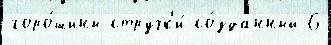
горо́шины стручк'и́ со́зданный 6